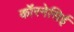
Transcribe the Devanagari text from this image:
कॉरनेसिई